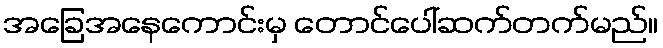
အခြေအနေကောင်းမှ တောင်ပေါ်ဆက်တက်မည်။